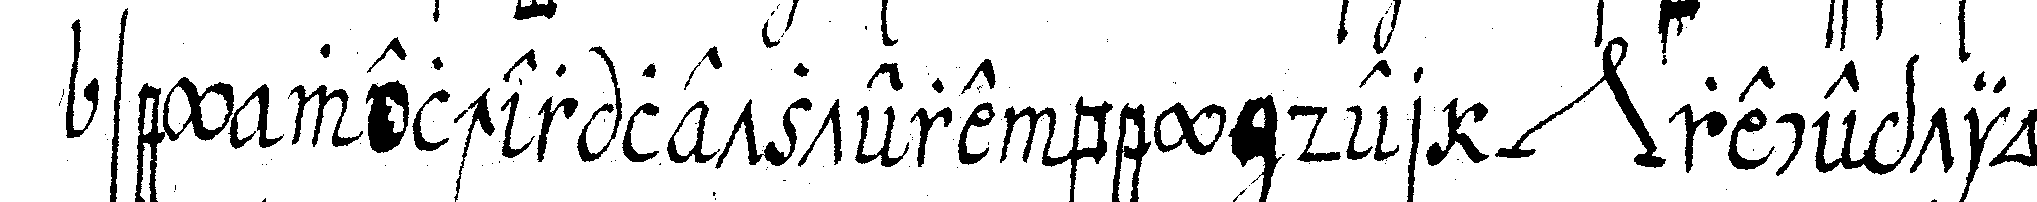
sey welcher letztere bey deNr *nee* reception